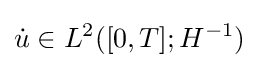
{\dot {u}}\in L^{2}([0,T];H^{-1})